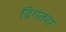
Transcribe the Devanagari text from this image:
दिगंतरा